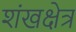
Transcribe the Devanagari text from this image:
शंखक्षेत्र